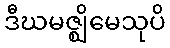
ဒီဃမဇ္ဈိမေသုပိ